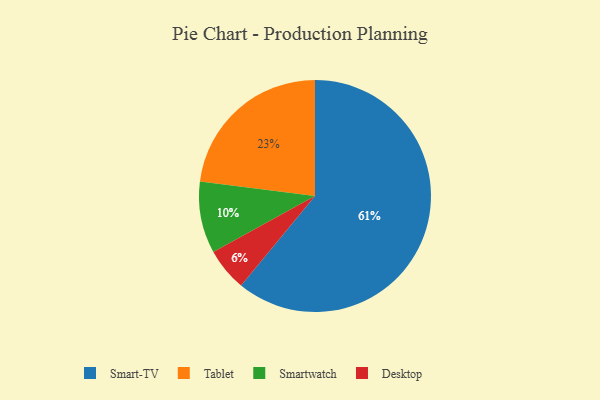
{"axis": {"x": "Category", "y": "Percentage"}, "legend": ["Desktop", "Smart-TV", "Smartwatch", "Tablet"], "data": [{"x": "Desktop", "y": 6, "type": "Desktop"}, {"x": "Smart-TV", "y": 61, "type": "Smart-TV"}, {"x": "Tablet", "y": 23, "type": "Tablet"}, {"x": "Smartwatch", "y": 10, "type": "Smartwatch"}]}